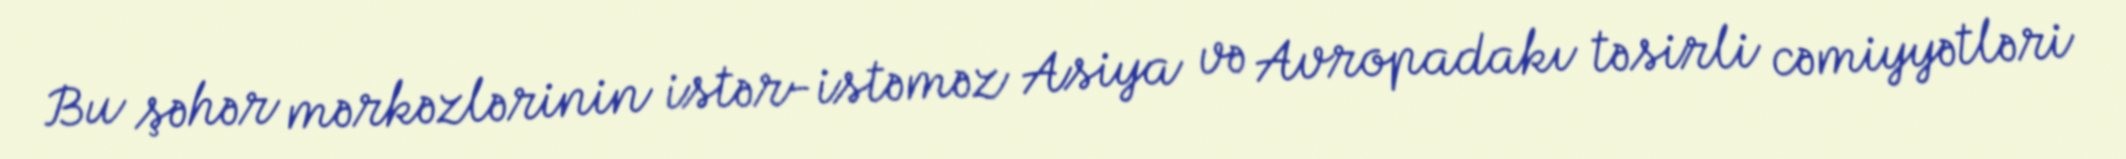
Bu şəhər mərkəzlərinin istər-istəməz Asiya və Avropadakı təsirli cəmiyyətləri